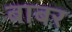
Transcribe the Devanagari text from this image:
बाबर